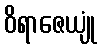
ဝိရာဇေယျုံ